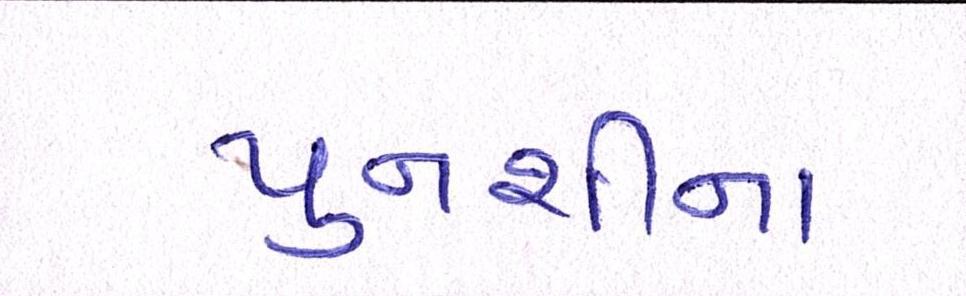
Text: પુનશીના